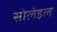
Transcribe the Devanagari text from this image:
सोलेइल